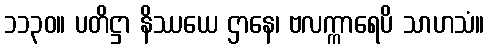
၁၁၃၀။ ပတိဋ္ဌာ နိဿယေ ဌာနေ၊ ဗလက္ကာရေပိ သာဟသံ။